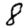
Digit: 8